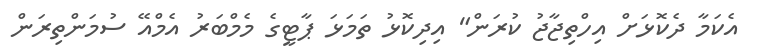
އެކަމާ ދެކޮޅަށް އިހްތިޖާޖު ކުރަން" އިދިކޮޅު ތަމަޅަ ޕާޓީގެ މެމްބަރު އެމްއޭ ސުމަންތިރަން